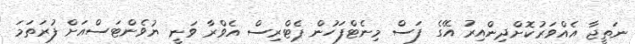
ނަތީޖާ އެއްވަރުކޮށްދިންއިރު އޭގެ ފަސް މިނެޓްފަހުން ޕެޓްރިސް އެވްރާ ވަނީ ޔުވެންޓަސްއަށް ފުރަތަމަ